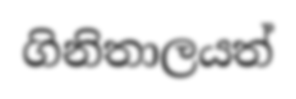
ගිනිතාලයත්